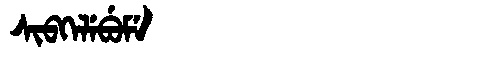
Manchu: ᠰᡳᠪᡴᡝᠯᡝᠪᡠᠮᡝ
Romanization: SIBKELEBUME